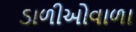
ડાળીઓવાળા